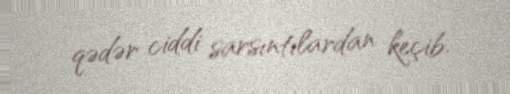
qədər ciddi sarsıntılardan keçib.